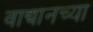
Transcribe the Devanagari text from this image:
वाद्यानच्या